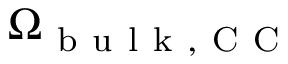
\Omega _ { \mathrm { ~ b ~ u ~ l ~ k ~ , ~ C ~ C ~ } }